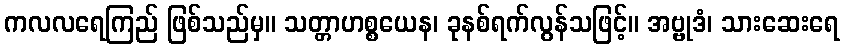
ကလလရေကြည် ဖြစ်သည်မှ။ သတ္တာဟစ္စယေန၊ ခုနစ်ရက်လွန်သဖြင့်။ အဗ္ဗုဒံ၊ သားဆေးရေ